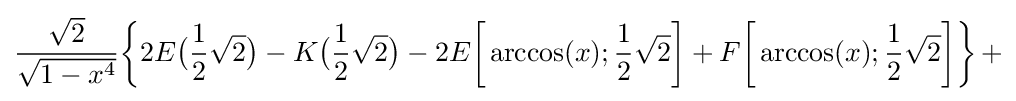
{\frac {\sqrt {2}}{\sqrt {1-x^{4}}}}{\biggl \{}2E{\bigl (}{\frac {1}{2}}{\sqrt {2}}{\bigr )}-K{\bigl (}{\frac {1}{2}}{\sqrt {2}}{\bigr )}-2E{\biggl [}\arccos(x);{\frac {1}{2}}{\sqrt {2}}{\biggr ]}+F{\biggl [}\arccos(x);{\frac {1}{2}}{\sqrt {2}}{\biggr ]}{\biggr \}}\,+